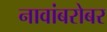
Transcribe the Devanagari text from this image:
नावांबरोबर